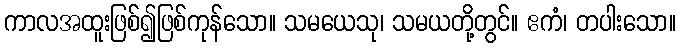
ကာလအထူးဖြစ်၍ဖြစ်ကုန်သော။ သမယေသု၊ သမယတို့တွင်။ ဧကံ၊ တပါးသော။